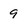
Character: 9